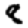
Digit: 8